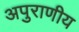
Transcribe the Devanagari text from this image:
अपुराणीय